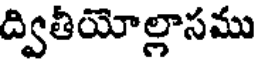
ద్వితీయోల్లాసము